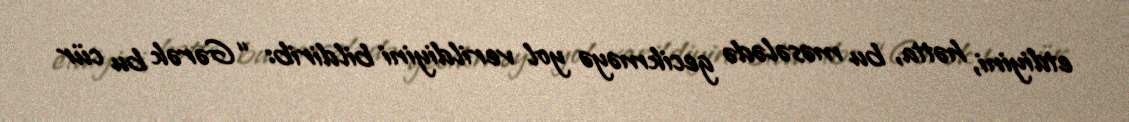
etdiyini, hətta, bu məsələdə gecikməyə yol verildiyini bildirib: “Gərək bu cür